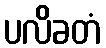
ပလိခတံ